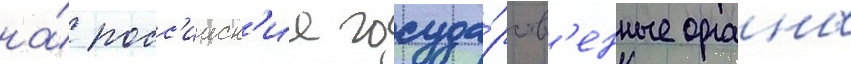
на́ росс'ииск'ие госуда́рств'енные органы